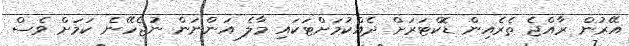
އޭރުން ރާއްޖެ ތެރެއިން ޑޮކްޓަރަށް ދެއްކުމަށްޓަކައި މާލެ އަންނަން ނުޖެހޭނެ ކަމަށް ވެސް